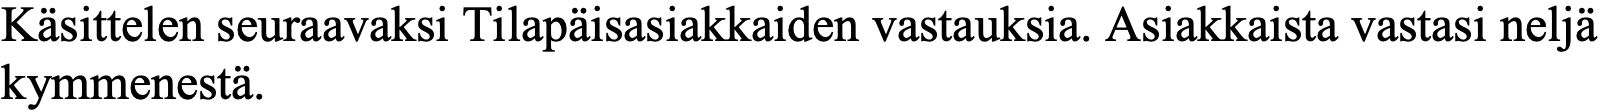
Käsittelen seuraavaksi Tilapäisasiakkaiden vastauksia. Asiakkaista vastasi neljä kymmenestä.